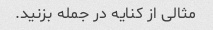
مثالی از کنایه در جمله بزنید.